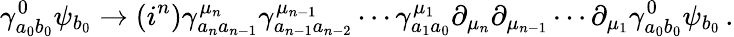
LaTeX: \gamma_{a_{0}b_{0}}^{0}\psi_{b_{0}}\rightarrow(i^{n})\gamma_{a_{n}a_{n-1}}^{\mu_{n}}\gamma_{a_{n-1}a_{n-2}}^{\mu_{n-1}}\cdots\gamma_{a_{1}a_{0}}^{\mu_{1}}\partial_{\mu_{n}}\partial_{\mu_{n-1}}\cdots\partial_{\mu_{1}}\gamma_{a_{0}b_{0}}^{0}\psi_{b_{0}}\, .